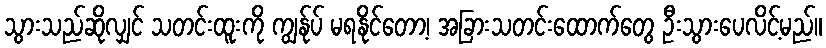
သွားသည်ဆိုလျှင် သတင်းထူးကို ကျွန်ုပ် မရနိုင်တော့၊ အခြားသတင်းထောက်တွေ ဦးသွားပေလိင့်မည်။